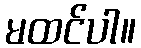
မထင်ပါ။